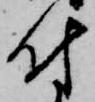
付